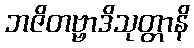
ဘဇိတဗ္ဗာဒိသုတ္တာနိ